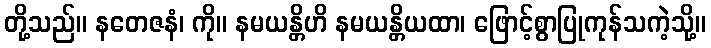
တို့သည်။ နတေဇနံ၊ ကို။ နမယန္တိဟိ နမယန္တိယထာ၊ ဖြောင့်စွာပြုကုန်သကဲ့သို့။